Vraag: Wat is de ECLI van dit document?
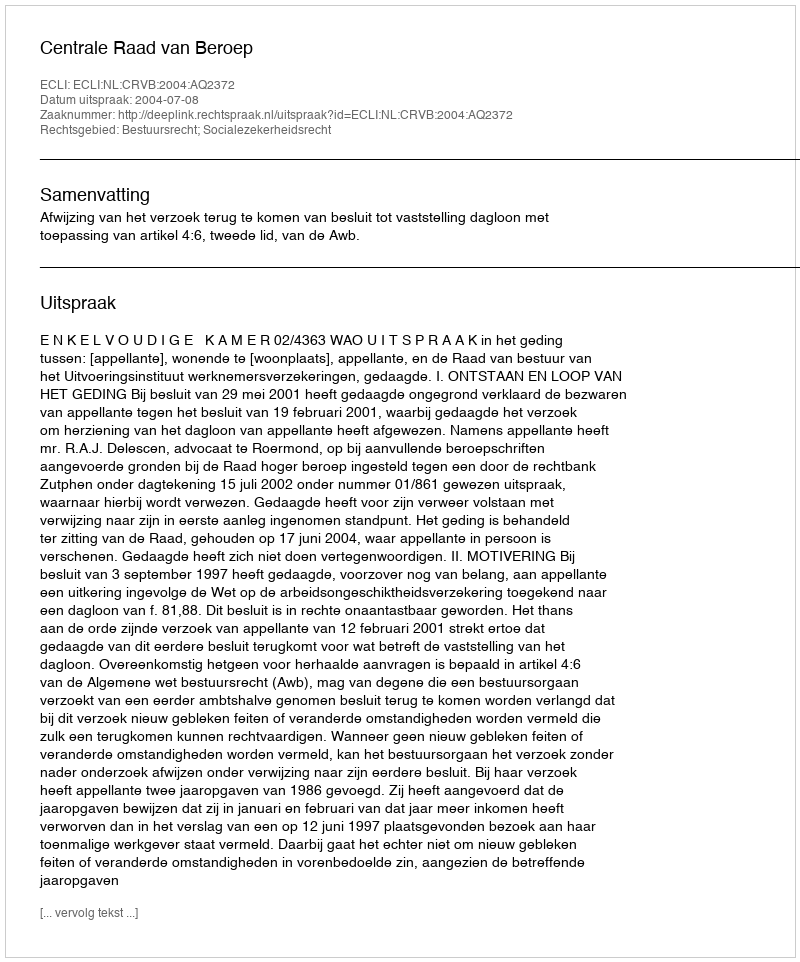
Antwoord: ECLI:NL:CRVB:2004:AQ2372